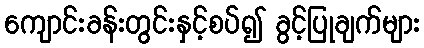
ကျောင်းခန်းတွင်းနှင့်စပ်၍ ခွင့်ပြုချက်များ